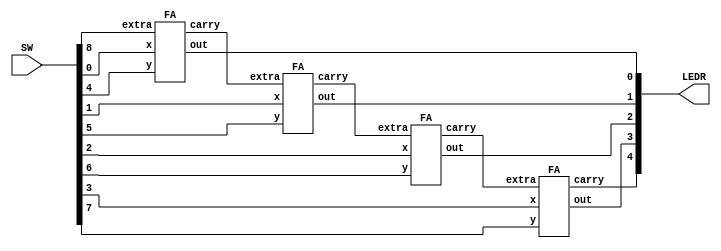
module p3(SW,LEDR);
	input [8:0]SW;
	output [4:0]LEDR;
	wire c1, c2, c3;
	FA pa1(SW[0],SW[4],SW[8],LEDR[0],c1);
	FA pa2(SW[1],SW[5],c1,LEDR[1],c2);
	FA pa3(SW[2],SW[6],c2,LEDR[2],c3);
	FA pa4(SW[3],SW[7],c3,LEDR[3],LEDR[4]);
endmodule 

module adder4(A, B, cin, s, cout);
	input [3:0]A,B;
	input cin;
	
	output [3:0]s;
	output cout;
	
	wire c1, c2, c3;
	
	FA f0(A[0], B[0], cin, s[0], c1);
	FA f1(A[1], B[1], c1, s[1], c2);
	FA f2(A[2], B[2], c2, s[2], c3);
	FA f3(A[3], B[3], c3, s[3], cout);
endmodule 
	
module FA(x,y,extra,out,carry);
	input x,y,extra;
	output out,carry;
	assign out = x^y^extra;
	assign carry = (x&y|x&extra|y&extra);
endmodule